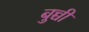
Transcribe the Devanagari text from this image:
बुच्ची